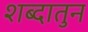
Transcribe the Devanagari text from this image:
शब्दातुन